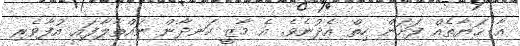
އާ ޙަޔާތެއް ފަށަން ހިތް އެދުނެވެ. އެ މާޒީ ހަނދާން ނައްތާލާފައި އުފާވެރި